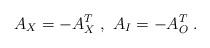
LaTeX: \begin{align*}A_X=-A_X^T\;,\ A_I=-A_O^T\;.\end{align*}